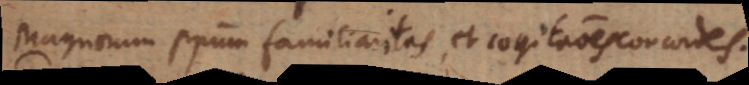
Magnorum principum familiaritas, et cogitationes concordes.